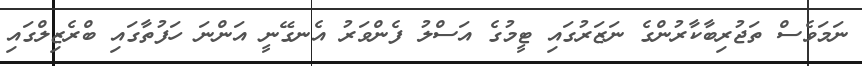
ނަމަވެސް ތަޖުރިބާކާރުންގެ ނަޒަރުގައި ޓީމުގެ އަސްލު ފެންވަރު އެނގޭނީ އަންނަ ހަފުތާގައި ބްރެޒިލްގައި